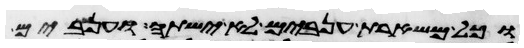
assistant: וכל משארת ענבים לא ישתה וענבים